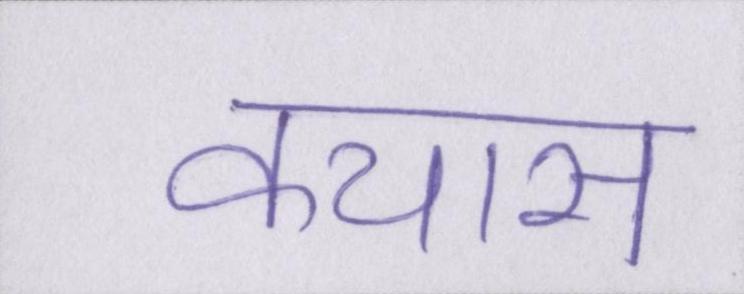
कयास